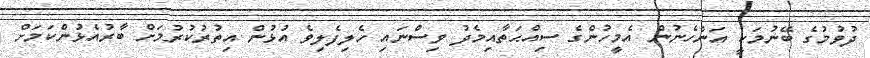
ދުވުމުގެ ބޭނުމަކީ އަންހެނުން އެމީހުންގެ ސިއްޙަތާއިމެދު ވިސްނައި ހެލިފެލިވެ އުޅުން އިތުރުކުރުމަށް ބާރުއެޅުންކަމަށް